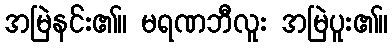
အမြဲနင်း၏။ မရဏဘီလူး အမြဲပူး၏။